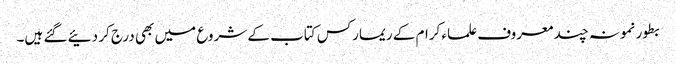
بطور نمونہ چند معروف علماء کرام کے ریمارکس کتاب کے شروع میں بھی درج کر دئیے گئے ہیں۔